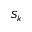
S _ { k }